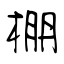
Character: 棚